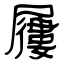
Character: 屨